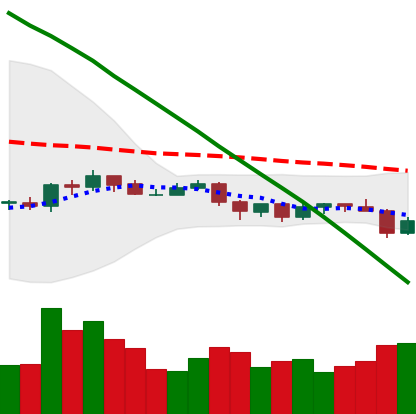
Ticker: ADA-USD
Chart end date: 2019-10-24
Forward return: 15.282%
Label: up_7plus